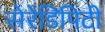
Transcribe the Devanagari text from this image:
सेरेंडिपिटी